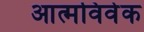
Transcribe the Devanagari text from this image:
आत्मविवेक